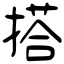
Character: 搭